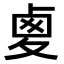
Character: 𠧾